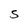
Character: S